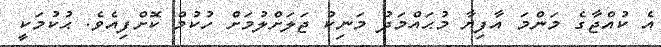
އެ ކުއްޖާގެ މަންމަ އާފިޔާ މުޙައްމަދު މަނިކު ޖަލަށްލުމަށް ހުކުމް ކޮށްފިއެވެ. ޙުކުމަކީ